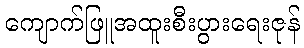
ကျောက်ဖြူအထူးစီးပွားရေးဇုန်